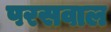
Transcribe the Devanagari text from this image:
परसवाल